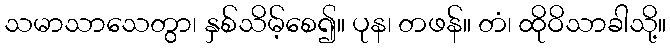
သမာသာသေတွာ၊ နှစ်သိမ့်စေ၍။ ပုန၊ တဖန်။ တံ၊ ထိုဝိသာခါသို့။